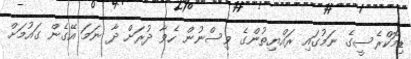
ޑިމޮކްރެސީގެ ނަމުގައި ރައްޔިތުންގެ ވިސްނުން ހެވާ ދުރަށް ދާ ނަމަ އޭގެން ގައުމަށް